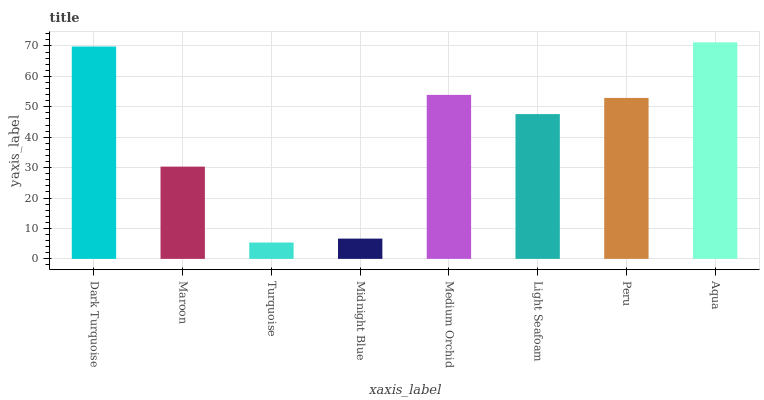
| xaxis_label | bars |
 | --- | --- |
 | Dark Turquoise | 69.8 |
 | Maroon | 30.3 |
 | Turquoise | 5.38 |
 | Midnight Blue | 6.66 |
 | Medium Orchid | 53.9 |
 | Light Seafoam | 47.6 |
 | Peru | 52.9 |
 | Aqua | 71.2 |